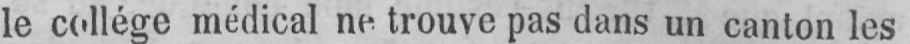
le collége médical ne trouve pas dans un canton les